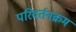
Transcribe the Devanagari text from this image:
परिवर्तनक्रम